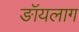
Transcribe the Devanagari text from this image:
ङॉयलाग